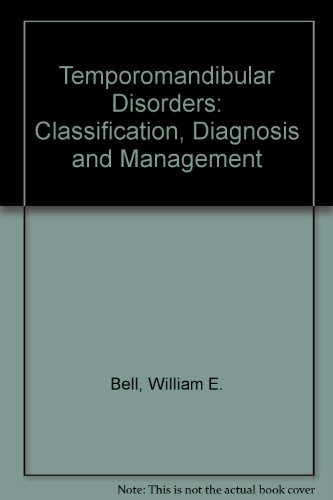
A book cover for Temporomandiburlar Disorders Classifictn Diagnosis Mgmt 3; Welden E. Bell; Medical Books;